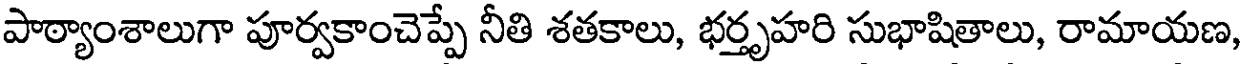
పాఠ్యాంశాలుగా పూర్వకాంచెప్పే నీతి శతకాలు, భర్తృహరి సుభాషితాలు, రామాయణ,